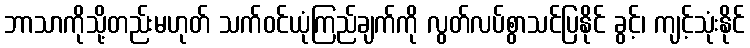
ဘာသာကိုသို့တည်းမဟုတ် သက်ဝင်ယုံကြည်ချက်ကို လွတ်လပ်စွာသင်ပြနိုင် ခွင့်၊ ကျင့်သုံးနိုင်